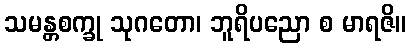
သမန္တစက္ခု သုဂတော၊ ဘူရိပညော စ မာရဇိ။